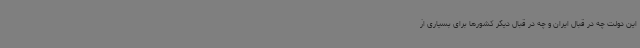
این دولت چه در قبال ایران و چه در قبال دیگر کشورها برای بسیاری از